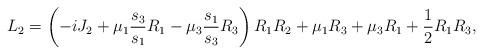
LaTeX: \begin{align*}L_2=\left(-i J_2+\mu_1\frac{s_3}{s_1}R_{1}-\mu_3 \frac{s_1}{s_3}R_{3}\right)R_{1}R_2+\mu_1 R_3+\mu_3 R_1+\frac{1}{2}R_1R_3,\end{align*}